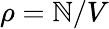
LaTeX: \rho=\mathbb{N}/V